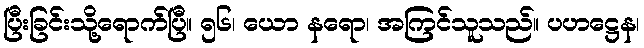
ပြီးခြင်းသို့ရောက်ပြီ။ ၅၆၊ ယော နရော၊ အကြင်သူသည်။ ပဟဋ္ဌေန၊